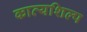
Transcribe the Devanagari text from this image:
काव्यशिल्प